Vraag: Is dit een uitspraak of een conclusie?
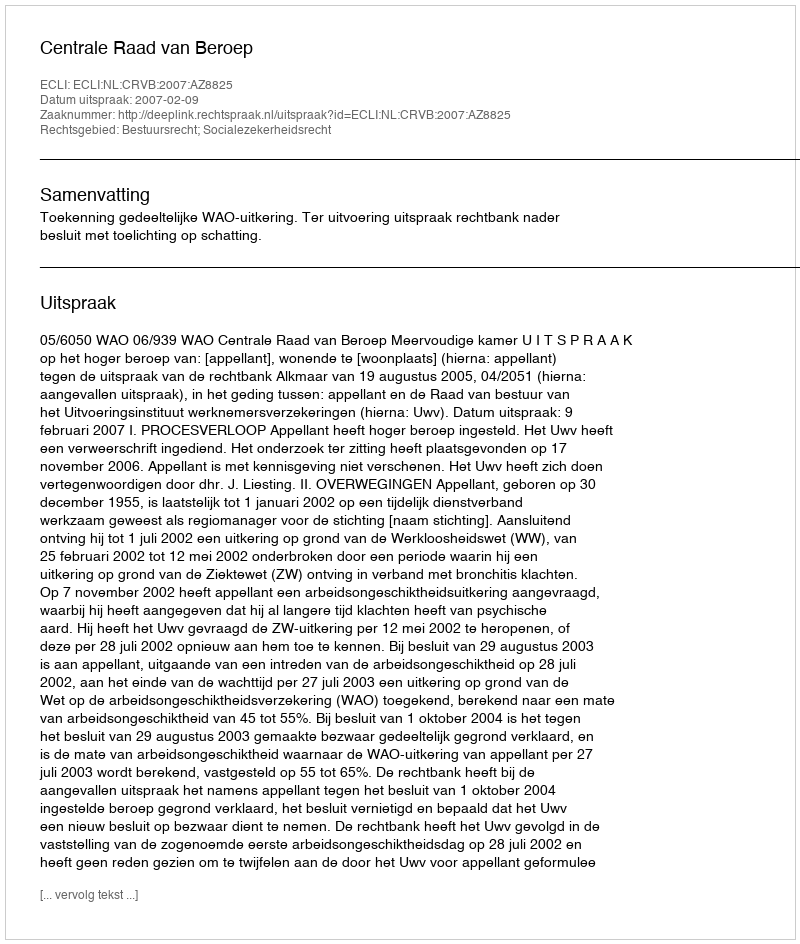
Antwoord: Uitspraak